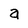
Character: a